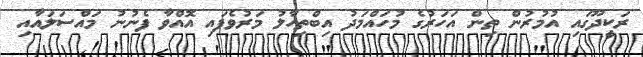
ރަކީދޫގައި އުމުރުން ތިން އަހަރުގެ މުހައްމަދު އިބްތިހާލު މަރުވެފައި އޮއްވާ ފެނުނު މައްސަލައާއި